system: You are a helpful assistant.
user:
Analyze the provided spectrum to determine if it is a **M-type Giant (gM)**.

A M-type Giant spectrum is defined by its **strong molecular absorption** features, particularly from **Titanium Oxide (TiO)**. You must check for one of the following mutually exclusive signatures:

- **Key Visual Indicators (Absorption-Dominated Spectrum):**

    - **(Primary):** The spectrum is dominated by strong molecular absorption from **Titanium Oxide (TiO)**. This is the **defining feature** of its M-type temperature class.
        - **(Key Bandheads):** Look for sharp, "saw-tooth" absorption valleys. The strongest are located near **~7050 Å**, **~6160 Å**, and **~5170 Å**.
        - **(Line Profile):** The "saw-tooth" morphology is critical: a **sharp, steep drop on the BLUE (short-wavelength) side** of the bandhead, followed by a gradual recovery (rising flux) towards the RED (long-wavelength) side.

    - **(Key Confirmation - Giant vs. Dwarf):** **ABSENCE** of strong **Calcium Hydride (CaH)** molecular bands. This is the primary diagnostic for *excluding* M-dwarfs.
        - **(Key Region):** The spectrum should lack the strong, broad absorption band seen in dwarfs between **~6800 Å and ~7000 Å**.

    - **(Secondary Confirmation - Giant):** A very strong and broad **Neutral Calcium (Ca I)** atomic absorption line.
        - **(Key Line):** Located at **~4226 Å**. In a giant (gM), this line is significantly deeper and broader than the same line in an M-dwarf (dM) due to low surface gravity.

    - **(Overall Spectrum):**
        - The continuum is **extremely red-sloping** (i.e., flux is very low in the blue and rises dramatically towards the red).
        - The entire spectrum appears "chopped up" by the deep TiO bands.

Think first, call **spectral_visualization_tool** if needed to examine features in detail, then provide your final answer. Your response must adhere to the following strict rules:
1.  **Overall Structure:** Your response must follow the format `<think>...</think> <tool_call>...</tool_call> (if a tool is used) <answer>...</answer>`.
2.  **Tool Usage Constraint:** You may only make **one** tool call per turn.
3.  **Final Answer Format:** In the `<answer>` tag, your conclusion must be inside a `\boxed{}` command (e.g., `\boxed{YES}` or `\boxed{NO}`), followed by your justification.

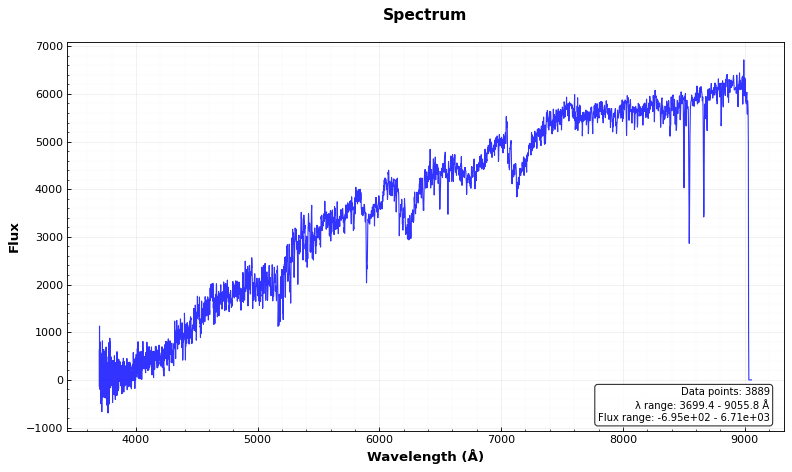
Answer: YES